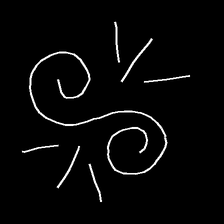
Glyph: wind-directs-air